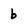
Character: b